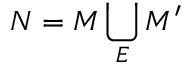
{ \cal N } = { \cal M } \bigcup _ { E } { \cal M } ^ { \prime }